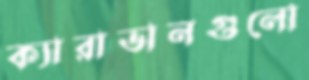
ক্যারাভানগুলো